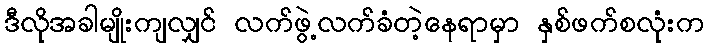
ဒီလိုအခါမျိုးကျလျှင် လက်ဖွဲ့လက်ခံတဲ့နေရာမှာ နှစ်ဖက်စလုံးက